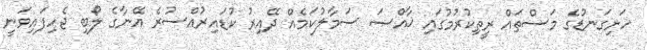
ހަށިގަނޑުގެ މަސްތައް ރީތިކުރުމުގައި ޚާއްޞަ ސަމާލުކަމެއް ދޭއިރު ކުޑައިރުއްސުރެ އޭނާގެ ލޯބި ޖެހިފައިވަނީ